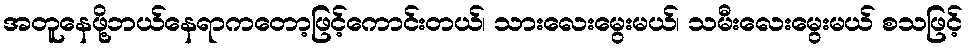
အတူနေဖို့ဘယ်နေရာကတော့ဖြင့်ကောင်းတယ်၊ သားလေးမွေးမယ်၊ သမီးလေးမွေးမယ် စသဖြင့်